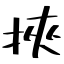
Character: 挾